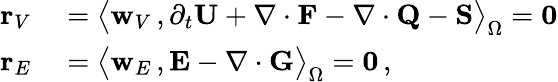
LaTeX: \begin{array}{rl}{{\mathbf r}_{V}}&{{}=\big\langle{{\mathbf w}_{V}}\, ,\partial_{{t}}{\mathbf U}+\nabla\cdot{\mathbf F}-\nabla\cdot{\mathbf Q}-{\mathbf S}\big\rangle_{\Omega}={\mathbf 0}}\\ {{\mathbf r}_{E}}&{{}=\big\langle{\mathbf w}_{E}\, ,{\mathbf E}-\nabla\cdot{\mathbf G}\big\rangle_{\Omega}={\mathbf 0}\, ,}\end{array}